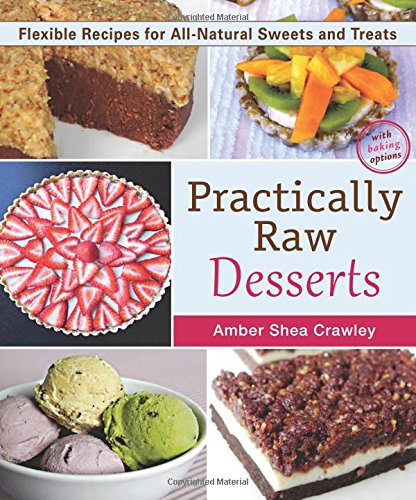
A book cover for Practically Raw Desserts: Flexible Recipes for All-Natural Sweets and Treats; Amber Shea Crawley; Cookbooks, Food & Wine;